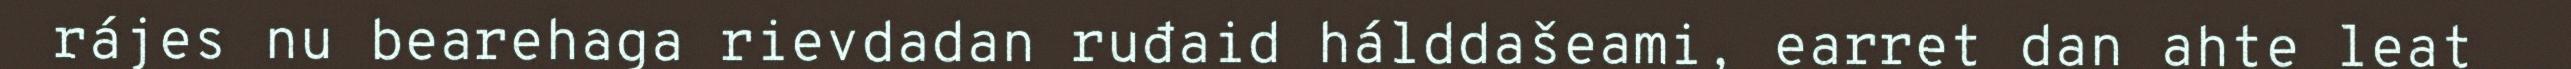
rájes nu bearehaga rievdadan ruđaid hálddašeami, earret dan ahte leat